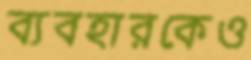
ব্যবহারকেও